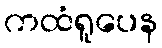
ကထံရူပေန